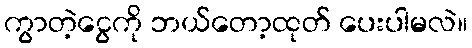
ကွာတဲ့ငွေကို ဘယ်တော့ထုတ် ပေးပါမလဲ။